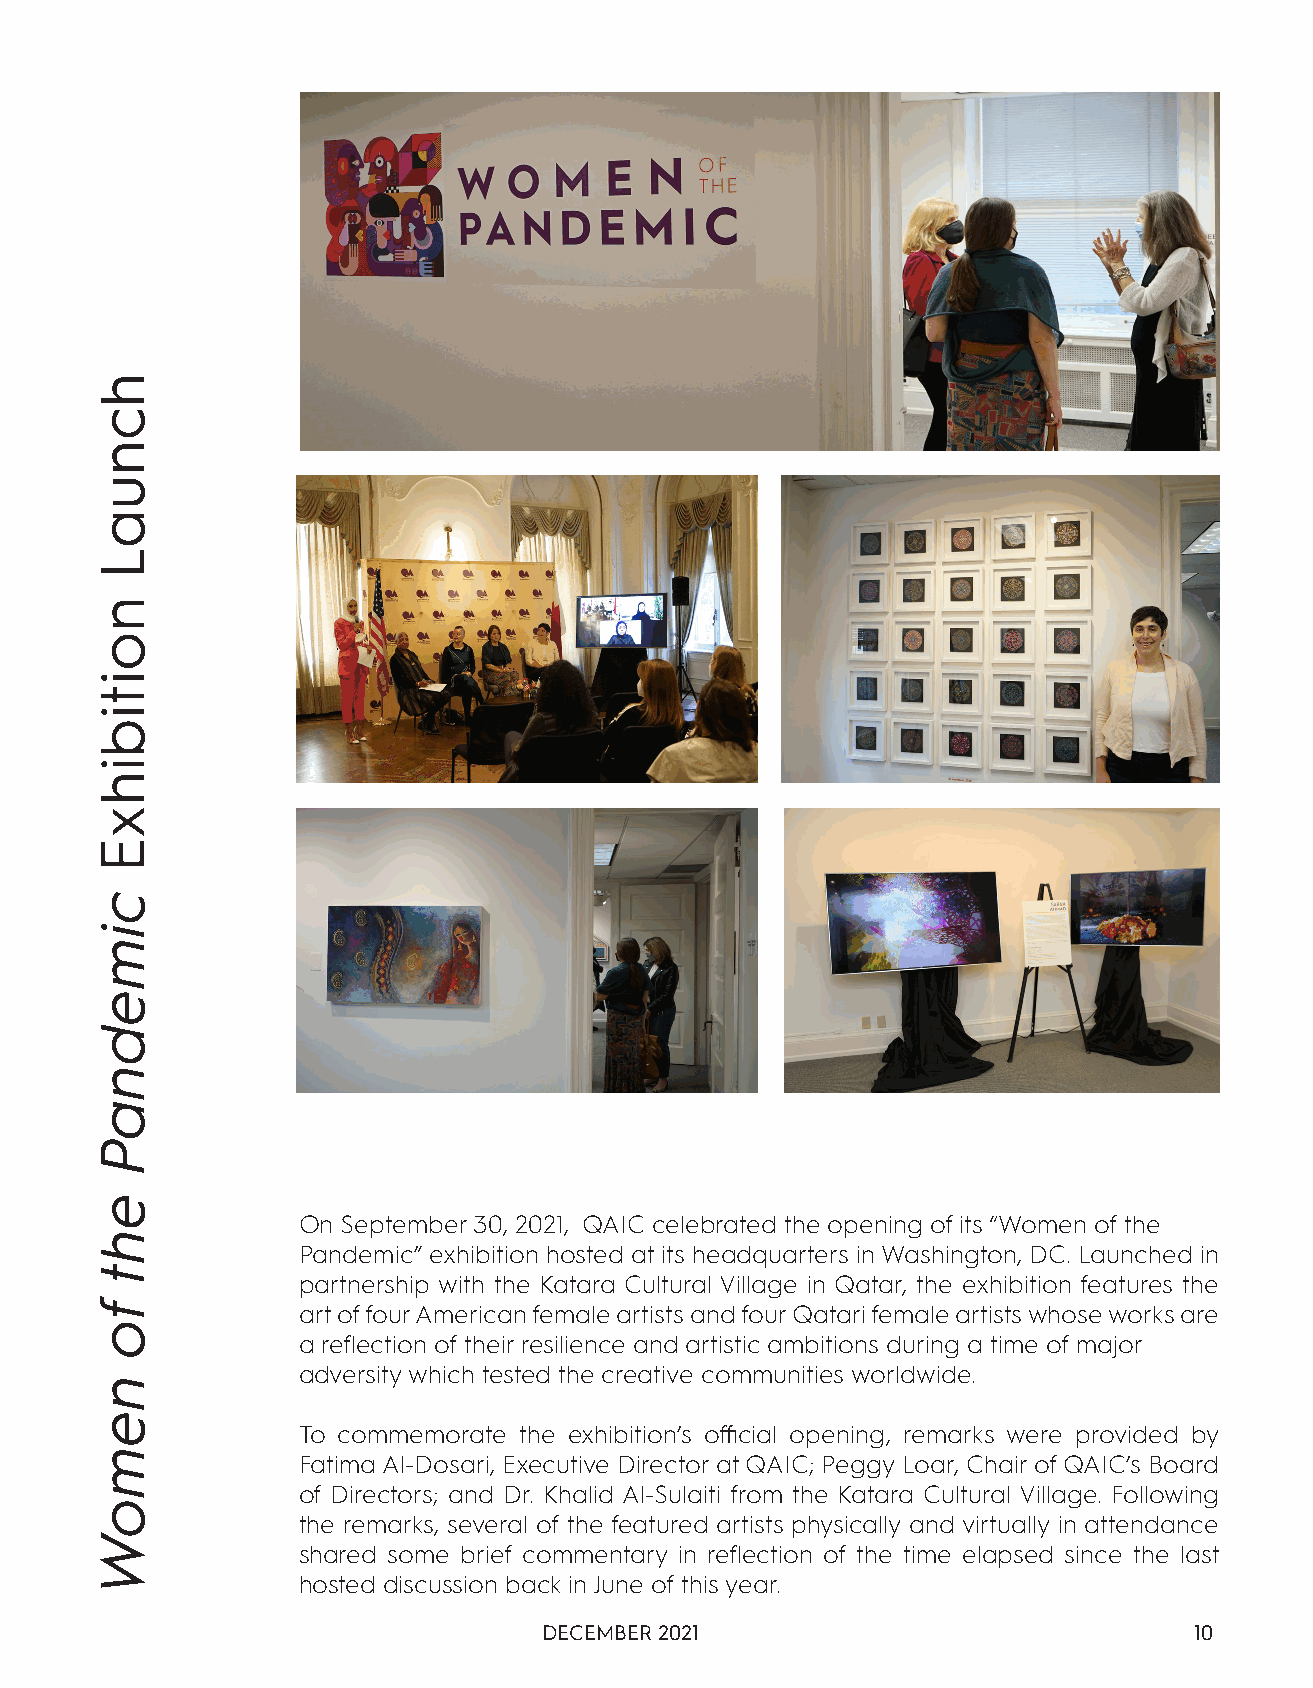
On September 30, 2021, QAIC celebrated the opening of its “Women of the
 Pandemic” exhibition hosted at its headquarters in Washington, DC. Launched in
 partnership with the Katara Cultural Village in Qatar, the exhibition features the
 art of four American female artists and four Qatari female artists whose works are
 a reflection of their resilience and artistic ambitions during a time of major
 adversity which tested the creative communities worldwide.
 To commemorate the exhibition’s official opening, remarks were provided by
 Fatima Al-Dosari, Executive Director at QAIC; Peggy Loar, Chair of QAIC’s Board
 of Directors; and Dr. Khalid Al-Sulaiti from the Katara Cultural Village. Following
 the remarks, several of the featured artists physically and virtually in attendance
 shared some brief commentary in reflection of the time elapsed since the last
 hosted discussion back in June of this year.
 DECEMBER 2021                              10
 hcnuaL
 noitibihxE
 cimednaP
 eht
 fo
 nemoW